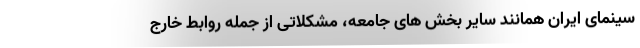
سینمای ایران همانند سایر بخش های جامعه، مشکلاتی از جمله روابط خارج